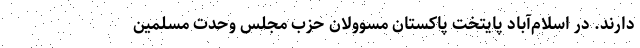
دارند. در اسلام‌آباد پایتخت پاکستان مسوولان حزب مجلس وحدت مسلمین